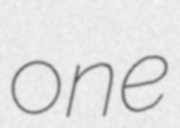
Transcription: one